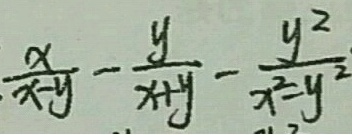
\frac { x } { x - y } - \frac { y } { x + y } - \frac { y ^ { 2 } } { x ^ { 2 } - y ^ { 2 } }